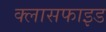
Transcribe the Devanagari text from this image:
क्लासफाइड